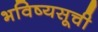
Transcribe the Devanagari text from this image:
भविष्यसूची